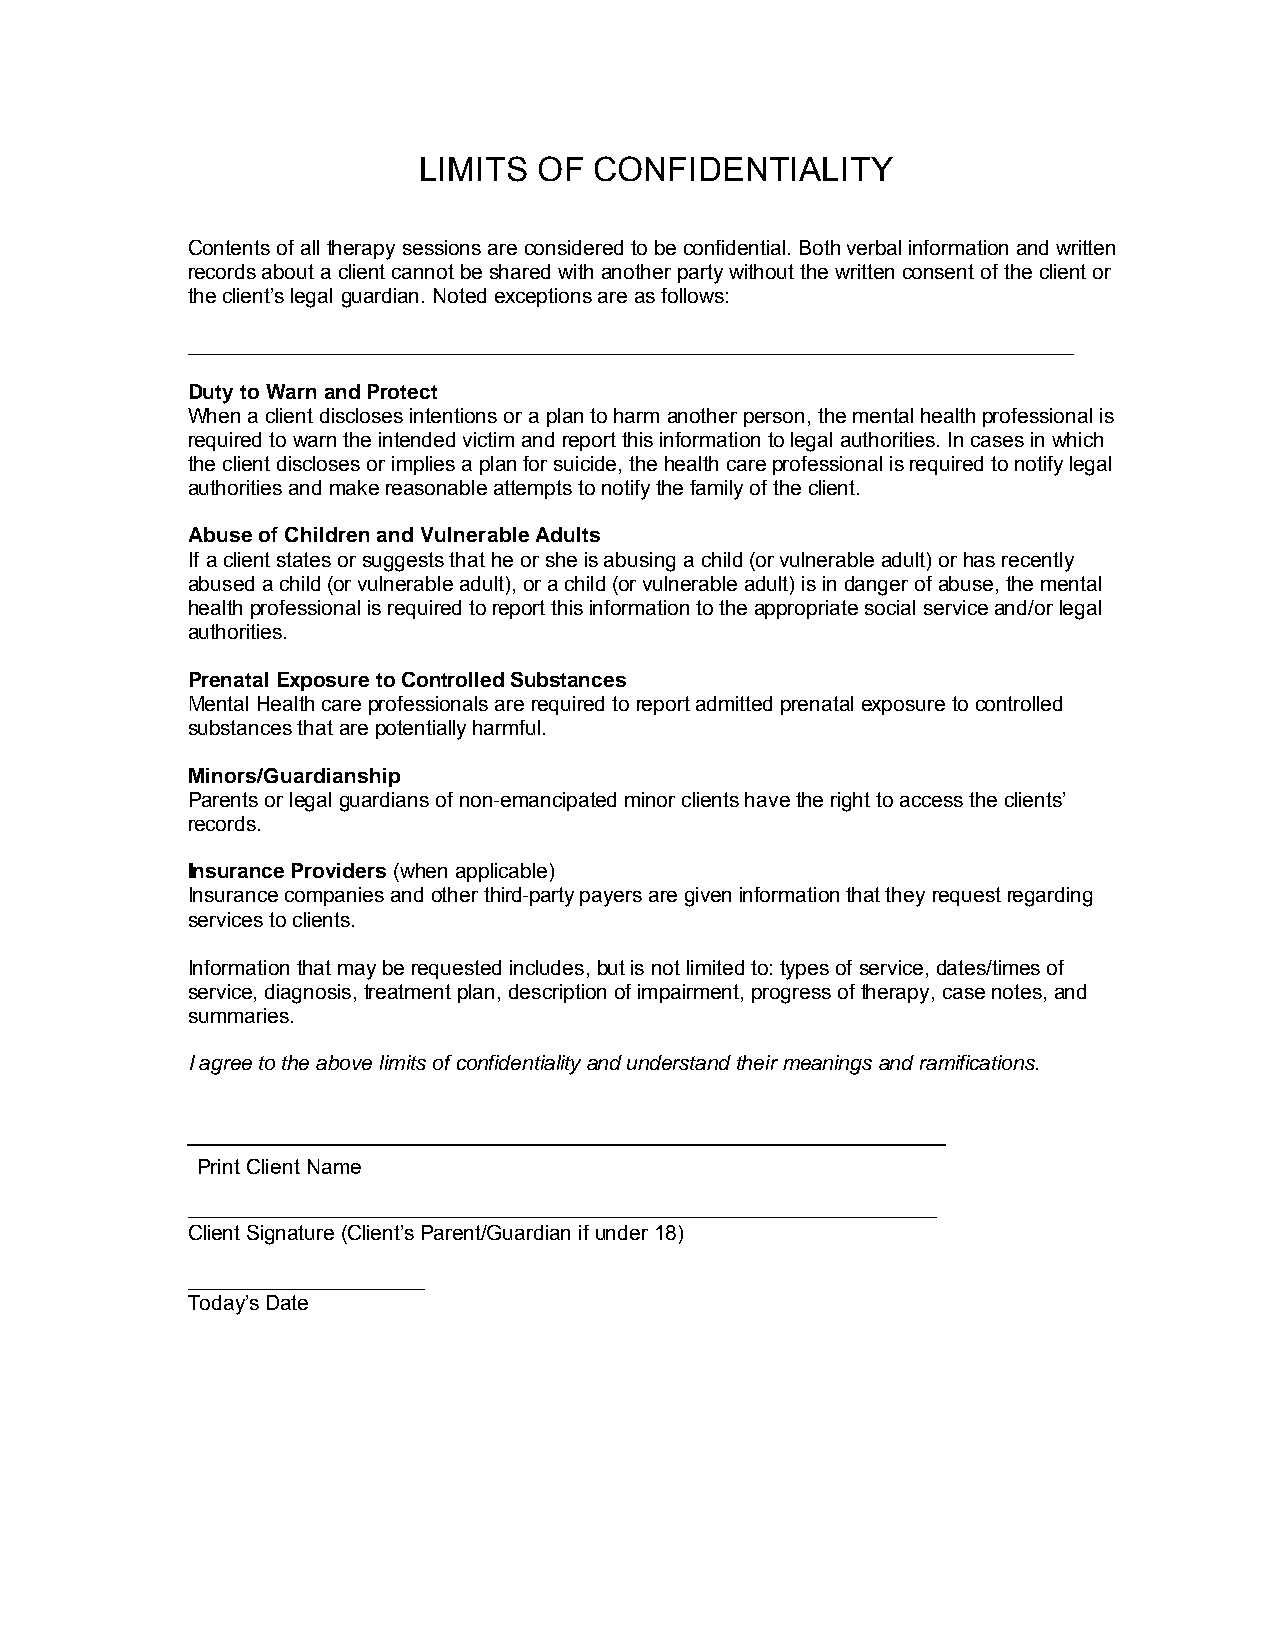
LIMITS  OF CONFIDENTIALITY
 Contents of all therapy sessions are considered to be confidential. Both verbal information and written
 records about a client cannot be shared with another party without the written consent of the client or
 the client’s legal guardian. Noted exceptions are as follows:
 _____________________________________________________________________________
 Duty to Warn and Protect
 When a client discloses intentions or a plan to harm another person, the mental health professional is
 required to warn the intended victim and report this information to legal authorities. In cases in which
 the client discloses or implies a plan for suicide, the health care professional is required to notify legal
 authorities and make reasonable attempts to notify the family of the client.
 Abuse of Children and Vulnerable Adults
 If a client states or suggests that he or she is abusing a child (or vulnerable adult) or has recently
 abused a child (or vulnerable adult), or a child (or vulnerable adult) is in danger of abuse, the mental
 health professional is required to report this information to the appropriate social service and/or legal
 authorities.
 Prenatal Exposure to Controlled Substances
 Mental Health care professionals are required to report admitted prenatal exposure to controlled
 substances that are potentially harmful.
 Minors/Guardianship
 Parents or legal guardians of non-emancipated minor clients have the right to access the clients’
 records.
 Insurance Providers (when applicable)
 Insurance companies and other third-party payers are given information that they request regarding
 services to clients.
 Information that may be requested includes, but is not limited to: types of service, dates/times of
 service, diagnosis, treatment plan, description of impairment, progress of therapy, case notes, and
 summaries.
 I agree to the above limits of confidentiality and understand their meanings and ramifications.
 _________________________________________________________________
 Print Client Name
 _________________________________________________________________
 Client Signature (Client’s Parent/Guardian if under 18)
 _________________________________
 Today’s Date